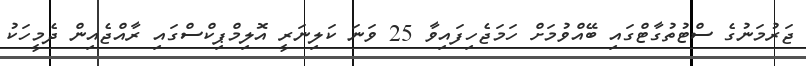
ޖަރުމަނުގެ ސްޓުތުގާޓްގައި ބޭއްވުމަށް ހަމަޖެހިފައިވާ 25 ވަނަ ކަލިނަރީ އޮލިމްޕިކްސްގައި ރާއްޖެއިން ދެމީހަކު